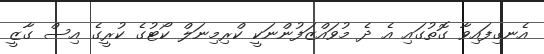
އެނގިފައިވާ ގޮތުގައި އެ ދެ މުވައްޒަފުންނަކީ ކްރިމިނަލް ކޯޓުގެ ކުރީގެ އިސް ގާޒީ